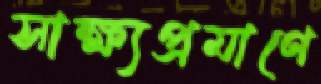
সাক্ষ্যপ্রমাণে